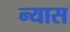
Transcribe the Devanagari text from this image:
न्‍यास